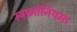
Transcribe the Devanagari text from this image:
स्ट्रामोनियम।